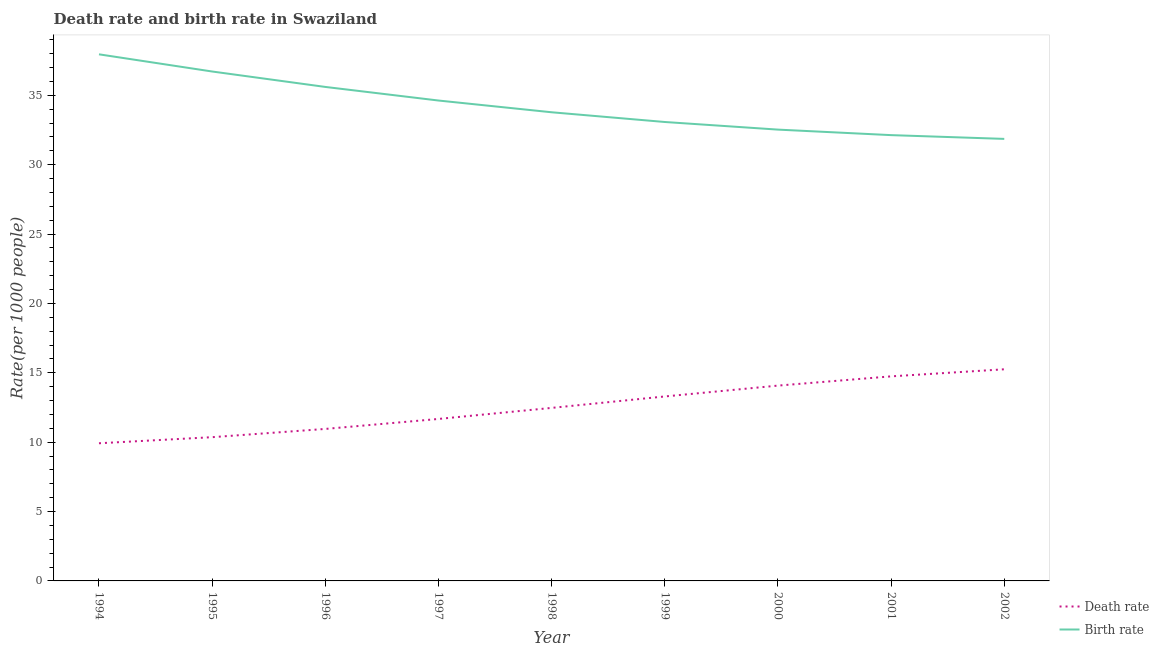
| Year | Death rate | Birth rate |
 | --- | --- | --- |
 | 1994 | 9.92 | 38 |
 | 1995 | 10.4 | 36.7 |
 | 1996 | 11 | 35.6 |
 | 1997 | 11.7 | 34.6 |
 | 1998 | 12.5 | 33.8 |
 | 1999 | 13.3 | 33.1 |
 | 2000 | 14.1 | 32.5 |
 | 2001 | 14.7 | 32.1 |
 | 2002 | 15.3 | 31.9 |